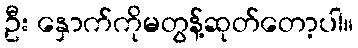
ဦး နှောက်ကိုမတွန့်ဆုတ်တော့ပါ။